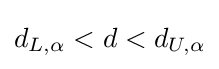
d_{L,\alpha }<d<d_{U,\alpha }